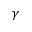
\gamma